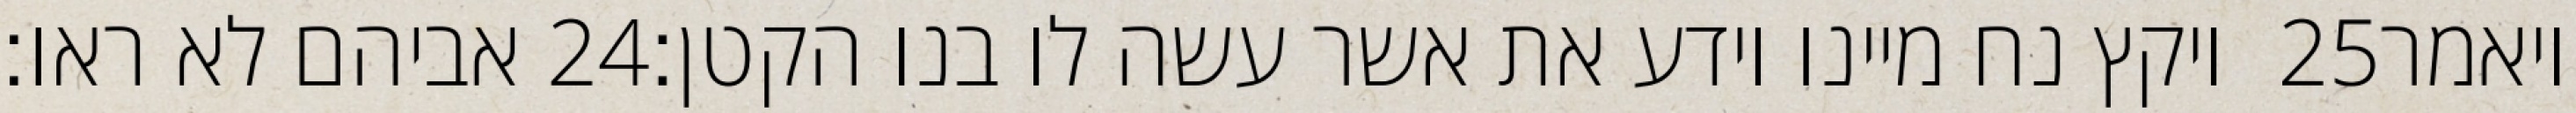
אביהם לא ראו׃ ‎24‏ ויקץ נח מיינו וידע את אשר עשה לו בנו הקטן׃ ‎25‏ ויאמר